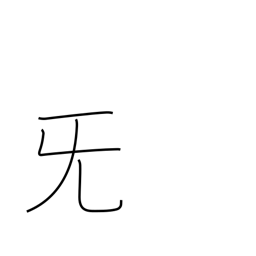
Meaning: sob